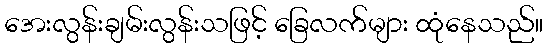
အေးလွန်းချမ်းလွန်းသဖြင့် ခြေလက်များ ထုံနေသည်။